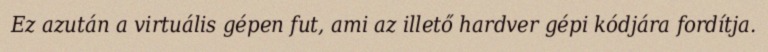
Ez azután a virtuális gépen fut, ami az illető hardver gépi kódjára fordítja.